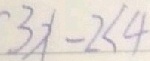
3 x - 2 < 4